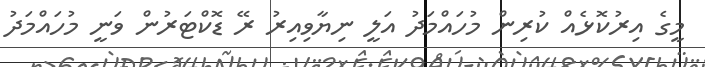
މީގެ އިރުކޮޅެއް ކުރިން މުހައްމަދު އަލީ ނިޔާވިއިރު ރޭ ޑޮކްޓަރުން ވަނީ މުހައްމަދު